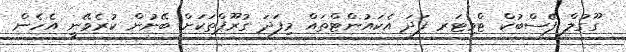
ގޫގުލް ފޭސްބުކް ޓްވިޓަރ ފަދަ އެކައުންޓްތައް މިފަދަ ގުރޫޕްތަކަށް ބޭނުން ކުރެވޭނީ އެހެން